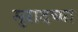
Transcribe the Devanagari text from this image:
मुरादच्या